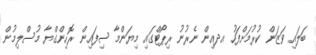
ބަލައި ވަޒަން ކުރުމަށްފަހު އދއިން ނެރުނު ރިޕޯޓްގައި މިޔަންމާ ސިފައިން ރޮހިންގްޔާ މުސްލިމުން